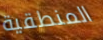
المنطقية